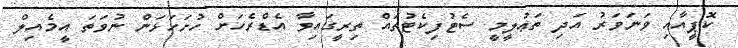
ކޮޕީއާއި ވަނަވަރު އަދި ތަޢުލީމީ ސެޓުފިކެޓުތައް ތިރީގައިވާ އެޑްރެހަށް ހުށަހަޅަން ނުވަތަ އީމެއިލް